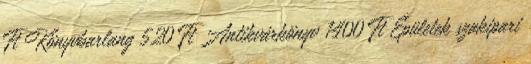
Ft Könyvbarlang 520 Ft Antikvárkönyv 1400 Ft Épületek szakipari